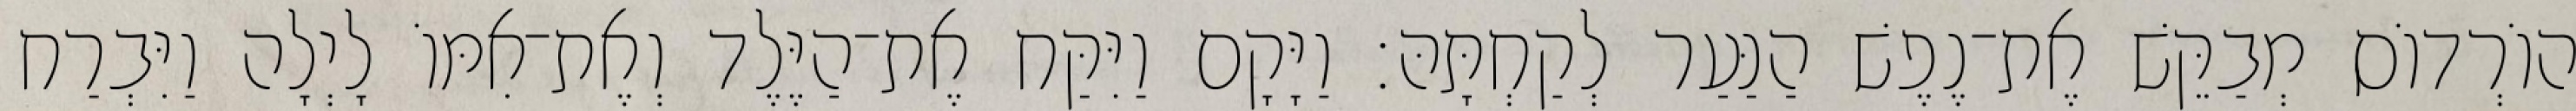
הוֹרְדוֹס מְבַקֵּשׁ אֶת־נֶפֶשׁ הַנַּעַר לְקַחְתָּהּ׃ וַיָּקָם וַיִּקַּח אֶת־הַיֶּלֶד וְאֶת־אִמּוֹ לָיְלָה וַיִּבְרַח